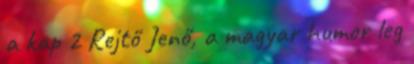
a kap 2 Rejtő Jenő, a magyar humor leg